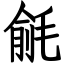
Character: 毹